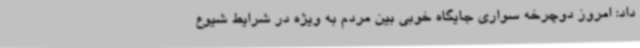
داد: امروز دوچرخه سواری جایگاه خوبی بین مردم به ویژه در شرایط شیوع